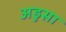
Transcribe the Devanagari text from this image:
अडुसा